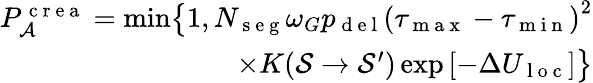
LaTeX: \begin{array}{r}{P_{\mathcal{A}}^{\mathrm{~c~r~e~a~}}=\operatorname*{min}\bigr\{ 1,N_{\mathrm{~s~e~g~}}\omega_{G}p_{\mathrm{~d~e~l~}}\left(\tau_{\mathrm{~m~a~x~}}-\tau_{\mathrm{~m~i~n~}}\right)^{2}}\\ {\times K(\mathcal{S}\rightarrow\mathcal{S}^{\prime})\exp\left[-\Delta U_{\mathrm{~l~o~c~}}\right]\bigr\} }\end{array}